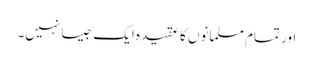
اور تمام مسلمانوں کا عقیدہ ایک جیسا نہیں‌۔